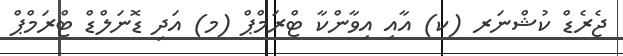
ޖެރެޑް ކުޝްނަރ (ކ) އާއި އިވާންކާ ޓްރަމްޕް (މ) އަދި ޑޮނަލްޑް ޓްރަމްޕް